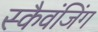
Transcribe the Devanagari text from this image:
स्कैवंजिंग